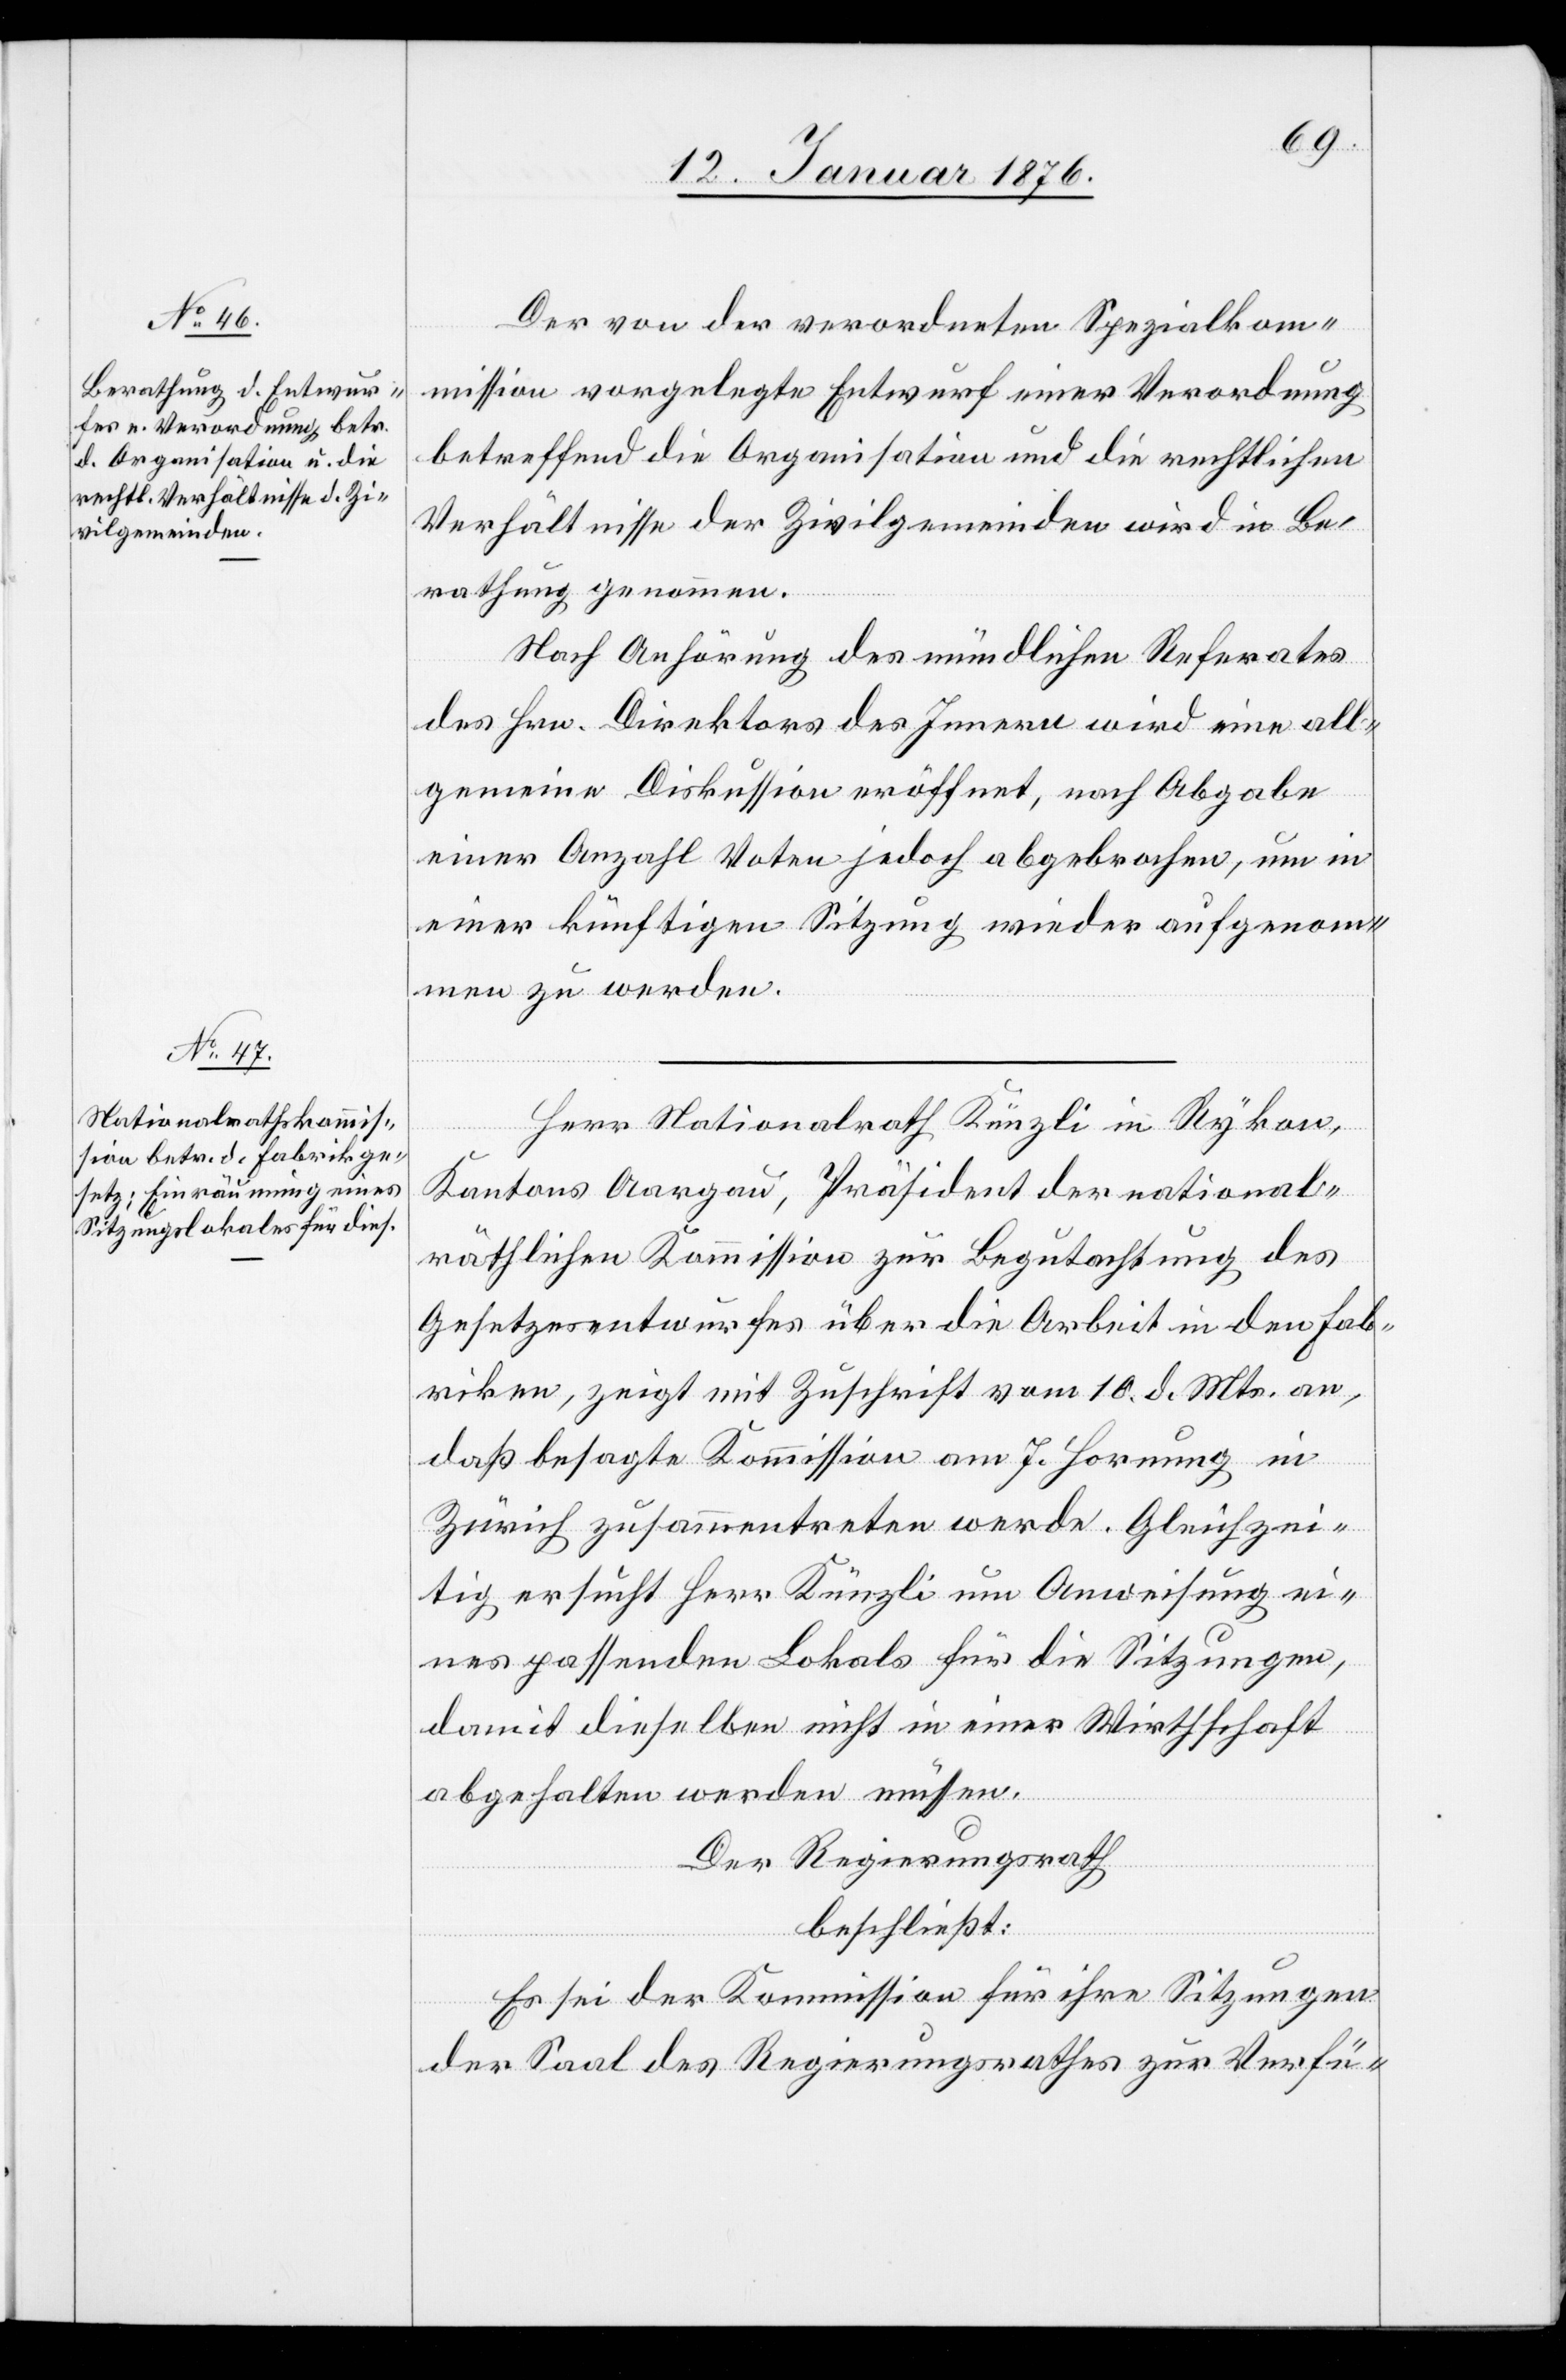
Der von der verordneten Spezialkom¬
mission vorgelegte Entwurf einer Verordnung
betreffend die Organisation und die rechtlichen
Verhältnisse der Zivilgemeinden wird in Be¬
rathung genommen.
Nach Anhörung des mündlichen Referates
des Hrn. Direktor des Innern wird eine all¬
gemeine Diskussion eröffnet, nach Abgabe
einer Anzahl Voten jedoch abgebrochen, um in
einer künftigen Sitzung wieder aufgenom¬
men zu werden.
Herr Nationalrath Künzli in Rykon,
Kantons Aargau, Präsident der national¬
räthlichen Kommission zur Begutachtung des
Gesetzesentwurfes über die Arbeit in den Fab¬
riken, zeigt mit Zuschrift vom 10. d. Mts. an,
daß besagte Kommission auf 7. Hornung in
Zürich zusammentreten werde. Gleichzei¬
tig ersucht Herr Künzli um Anweisung ei¬
nes passenden Lokals für die Sitzungen,
damit dieselben nicht in einer Wirthschaft
abgehalten werden müssen.
Der Regierungsrath
beschließt:
Es sei der Kommission für ihre Sitzungen
der Saal des Regierungsrathes zur Verfü-